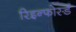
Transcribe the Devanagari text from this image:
रिइन्फोर्स्ड